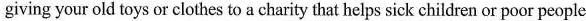
giving your old toys or clothes to a charity that helps sick children or poor people